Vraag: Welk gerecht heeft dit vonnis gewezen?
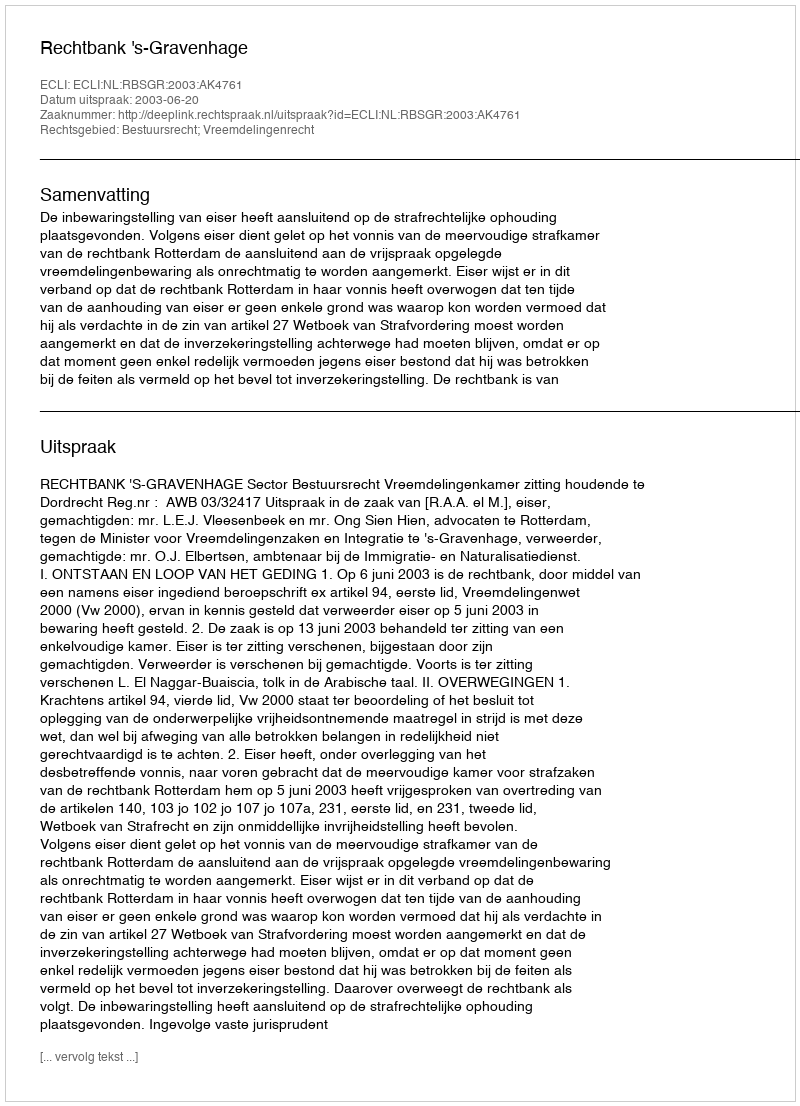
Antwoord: Rechtbank 's-Gravenhage